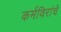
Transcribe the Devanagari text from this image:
कर्मविरांचे